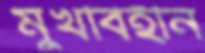
মুখবিহীন